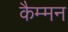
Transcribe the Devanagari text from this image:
कैम्मन